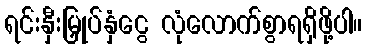
ရင်းနှီးမြှုပ်နှံငွေ လုံလောက်စွာရရှိဖို့ပါ။